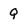
Character: Q